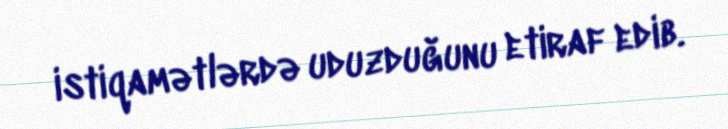
istiqamətlərdə uduzduğunu etiraf edib.